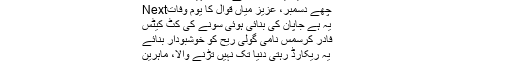
Previousیہ ایک راستہ ہے منزل نہیں
Nextچھے دسمبر، عزیز میاں قوال کا یومِ وفات
یہ ہے جاپان کی بنائی ہوئی سونے کی کٹ کیٹس
فادر کرسمس نامی گولی ریح کو خوشبودار بنائے
یہ ریکارڈ رہتی دنیا تک نہیں تُڑنے والا، ماہرین
سُنئے ایک سو بیس سال سے زیرِحراست درخت کی کہانی